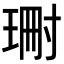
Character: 𭹝